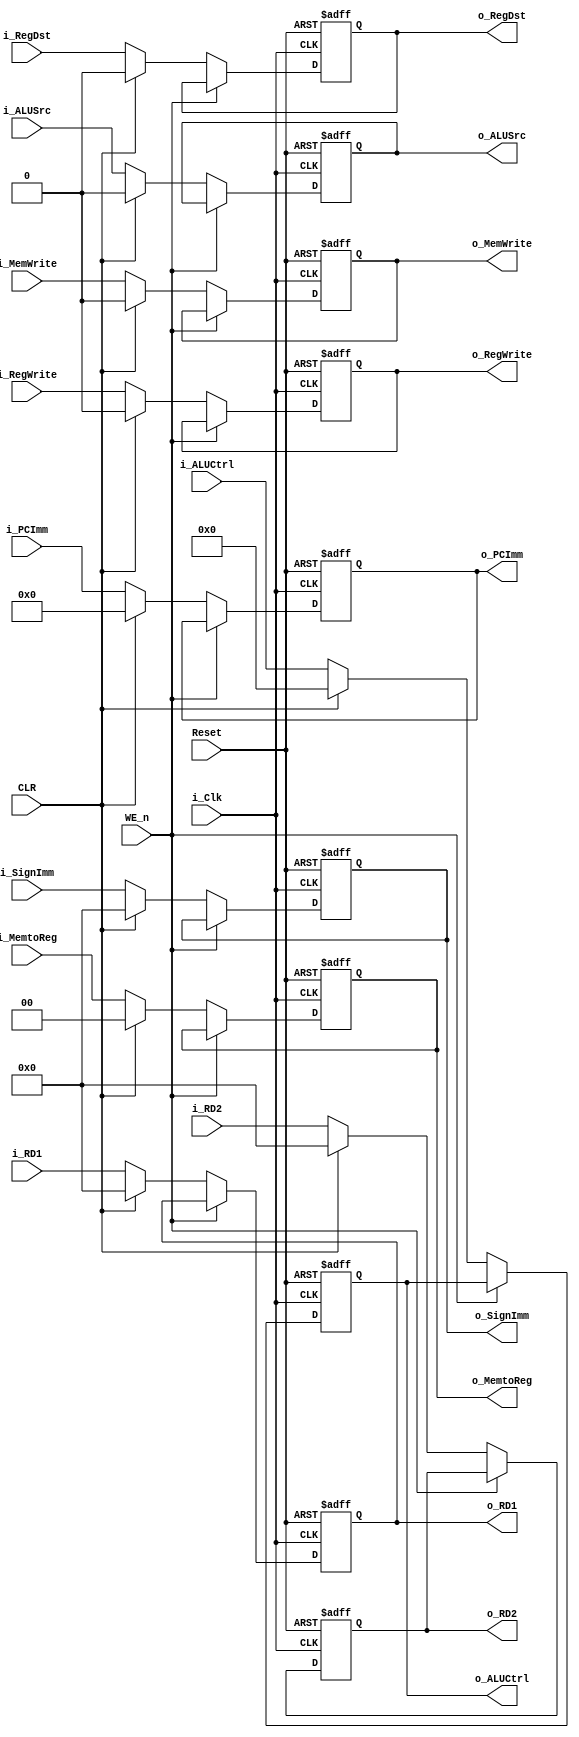
module RegisterD (
	input Reset,
	input WE_n,
	input i_Clk,
	input [31:0]i_RD1,
	input [31:0]i_RD2,
	input [31:0] i_SignImm,
	input i_ALUSrc, i_RegDst, i_RegWrite, i_MemWrite, 
	input [1:0]i_MemtoReg,
	input [3:0] i_ALUCtrl,
	input [25:0] i_PCImm,
	input CLR,
	output reg [31:0]o_RD1,
	output reg [31:0]o_RD2,
	output reg [31:0] o_SignImm,
	output reg o_ALUSrc, o_RegDst, o_RegWrite, o_MemWrite, 
	output reg [1:0]o_MemtoReg,
	output reg [3:0] o_ALUCtrl,
	output reg [25:0] o_PCImm
);

always @(posedge i_Clk, negedge Reset) begin
	if (~Reset) o_RD1 <= 0;
	else if (~WE_n) begin
	if (CLR) o_RD1 <= 0;
		else o_RD1 <= i_RD1;
	end
end

always @(posedge i_Clk, negedge Reset) begin
	if (~Reset) o_RD2 <= 0;
	else if (~WE_n) begin
	if (CLR) o_RD2 <= 0;
		else o_RD2 <= i_RD2;
	end
end 

always @(posedge i_Clk, negedge Reset) begin
	if (~Reset) o_SignImm <= 0;
	else if (~WE_n) begin 
	if (CLR) o_SignImm <= 0;
		else o_SignImm <= i_SignImm;
	end
end 
 
always @(posedge i_Clk, negedge Reset) begin
	if (~Reset) o_ALUSrc <= 0;
	else if (~WE_n) begin
	if (CLR) o_ALUSrc <= 0;
		else o_ALUSrc <= i_ALUSrc;
	end
end

always @(posedge i_Clk, negedge Reset) begin
	if (~Reset) o_ALUCtrl <= 0;
	else if (~WE_n) begin
	if (CLR) o_ALUCtrl <= 0;
		else o_ALUCtrl <= i_ALUCtrl;
	end
end

always @(posedge i_Clk, negedge Reset) begin
	if (~Reset) o_RegDst <= 0;
	else if (~WE_n) begin
	if (CLR) o_RegDst <= 0;
		else o_RegDst <= i_RegDst;
	end
end 

always @(posedge i_Clk, negedge Reset) begin
	if (~Reset) o_RegWrite <= 0;
	else if (~WE_n) begin
	if (CLR) o_RegWrite <= 0;
		else o_RegWrite <= i_RegWrite;
	end
end

always @(posedge i_Clk, negedge Reset) begin
	if (~Reset) o_MemWrite <= 0;
	else if (~WE_n) begin
	if (CLR) o_MemWrite <= 0;
		else o_MemWrite <= i_MemWrite;
	end
end

always @(posedge i_Clk, negedge Reset) begin
	if (~Reset) o_MemtoReg <= 0;
	else if (~WE_n) begin
	if (CLR) o_MemtoReg <= 0;
		else o_MemtoReg <= i_MemtoReg;
	end
end

always @(posedge i_Clk, negedge Reset) begin
   if (~Reset) o_PCImm <= 0;
	else if (~WE_n) begin
	if (CLR) o_PCImm <= 0;
		else o_PCImm <= i_PCImm;
	end
end



endmodule